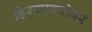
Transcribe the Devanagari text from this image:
हिर्‍याबरोबर